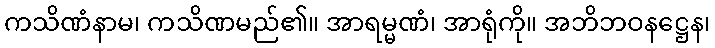
ကသိဏံနာမ၊ ကသိဏမည်၏။ အာရမ္မဏံ၊ အာရုံကို။ အဘိဘဝနဋ္ဌေန၊